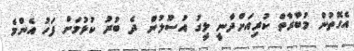
އެގޮތުން މުބާރާތް ކުރިއަށްދާނީ ލީގު އުސޫލުން ދެ ބުރު ކުޅުމަށް ފަހު އެންމެ